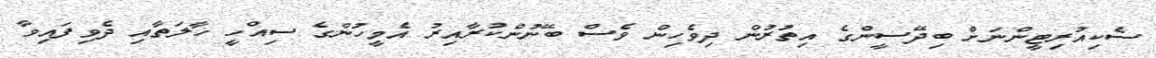
ސެކިއުރިޓީންނަށް ބިދޭސީންގެ އިތުރުން ދިވެހިން ވެސް ބޭނުންކުރާއިރު އެމީހުންގެ ސިއްހީ ހާލަތާއި ދެވިފައިވާ